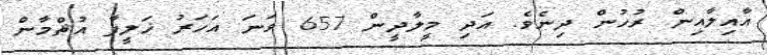
އާއިލާއިން ރުހުން ދިނެވެ. އަދި މީލާދީން 657 ވަނަ އަހަރު ޚަލީފާ އުޘްމާން